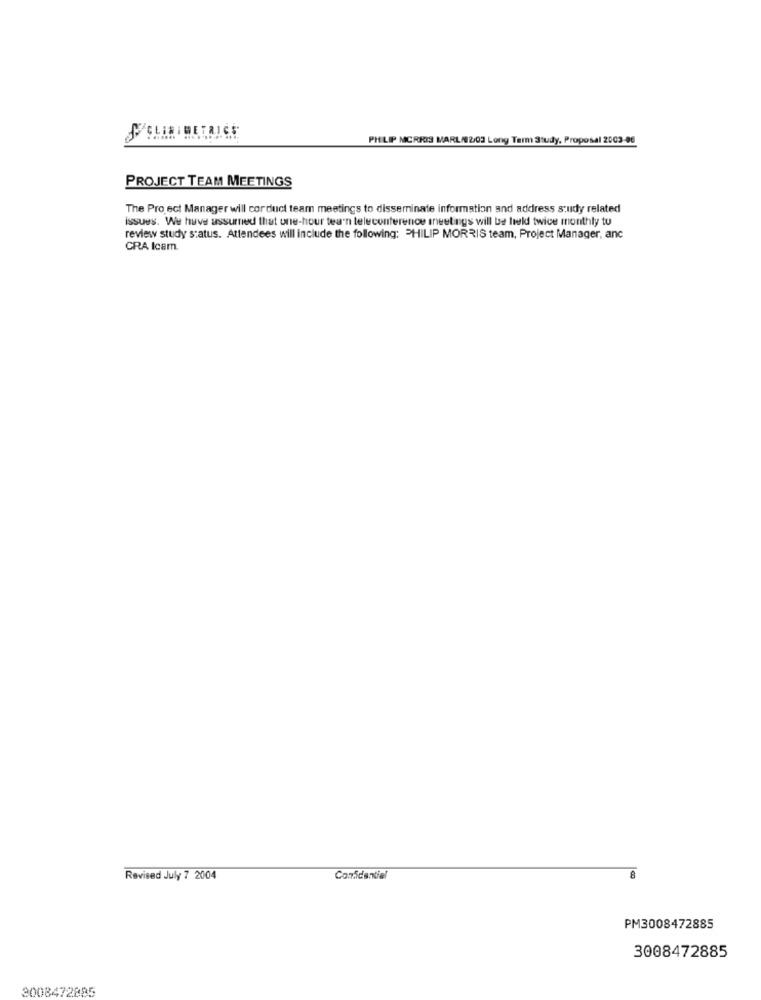
PHILIP MORRIS MARL/02/03 Long Term Study, Proposal 2003-06
PROJECT TEAM MEETINGS
The Project Manager will corduct team meetings to disseminate information and address study related
issues. We have ussurned that une-hour tea'n teleconference meetings will be held twice monthly tu
review study status. Attendees will include the following: PHILIP MORRIS team, Project Manager, anc
CRA Icam.
Revised July 7 2004
Confidential
8
PM3008472885
3008472885
3008472885